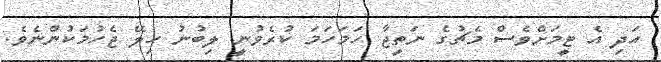
އަދި އެ ޓީމަށްވެސް މެޗުގެ ނަތީޖާ ހަމަހަމަ ކުރެވުނީ ލިބުނު ހިލޭ ޖެހުމަކުންނެވެ.